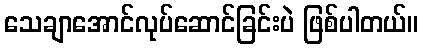
သေချာအောင်လုပ်ဆောင်ခြင်းပဲ ဖြစ်ပါတယ်။